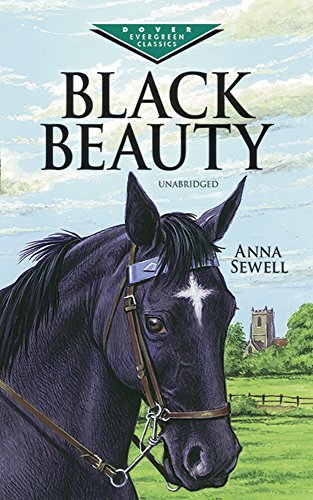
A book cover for Black Beauty (Dover Children's Evergreen Classics); Anna Sewell; Children's Books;